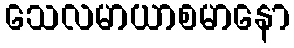
သေလမာယာစမာနော